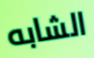
الشابه